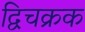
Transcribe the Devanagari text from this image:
द्विचक्रक